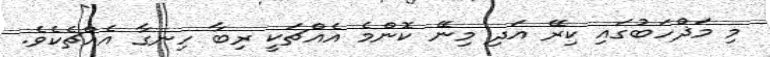
މި މަޛްހަބުގައި ކިރޭ އަދި މިނޭ ކޮންމެ އެއްޗަކީ ރިބާ ހިނގާ އެއްޗެކެވެ.